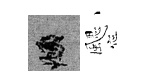
頫颸